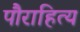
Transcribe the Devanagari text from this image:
पौराहित्य